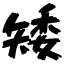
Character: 矮